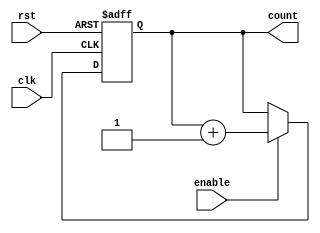
module bcd_up_counter_with_enable (
    input wire clk,           // Clock input
    input wire rst,           // Reset input
    input wire enable,        // Enable input
    output reg [3:0] count    // BCD Up Counter output
);

// Synchronous Reset
always @(posedge clk or posedge rst)
begin
    if (rst)
        count <= 4'b0000;
    else if (enable)
        count <= count + 1;
end

endmodule